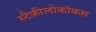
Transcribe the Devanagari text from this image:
स्टैफ़ीलोकॉकस